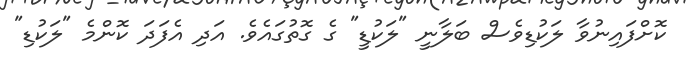
ކޮށްފައިނުވާ ލަކުޑިވެސް ބަލާނީ "ލަކުޑީ" ގެ ގޮތުގައެވެ. އަދި އެފަދަ ކޮންމެ "ލަކުޑި"